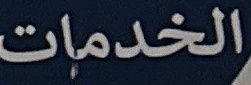
الخدمات